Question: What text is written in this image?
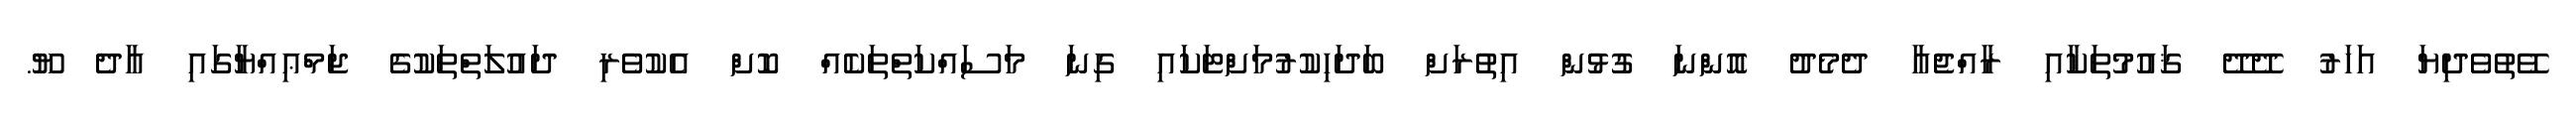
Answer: ވޭތުވެދިޔަ އަހަރު ދޭދޭ ޤައުމުތަކާއި ރާއްޖެއާ ދެމެދު އޮންނަ ގުޅުން އިތުރަށް ބަދަހިކުރުމަށްޓަކައި ގިނަ މަސައްކަތްތަކެއް ކޮށް އެކުވެރި ދައުލަތްތަކުގެ ޖަމްޢިއްޔާގައި އާދެ ޔޫ.